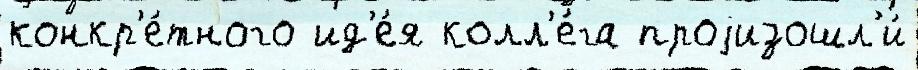
конкр'е́тного ид'е́я колл'е́га проjизошл'и́